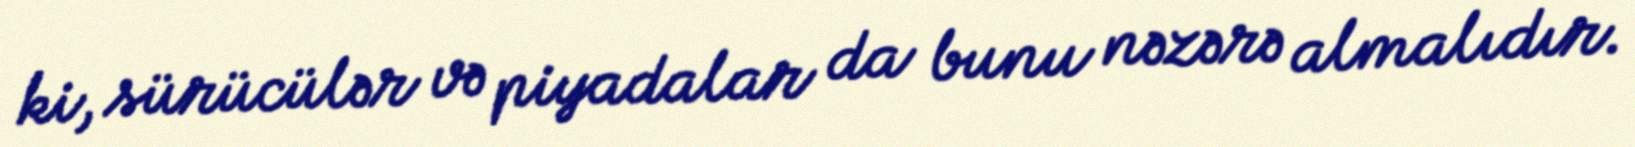
ki, sürücülər və piyadalar da bunu nəzərə almalıdır.